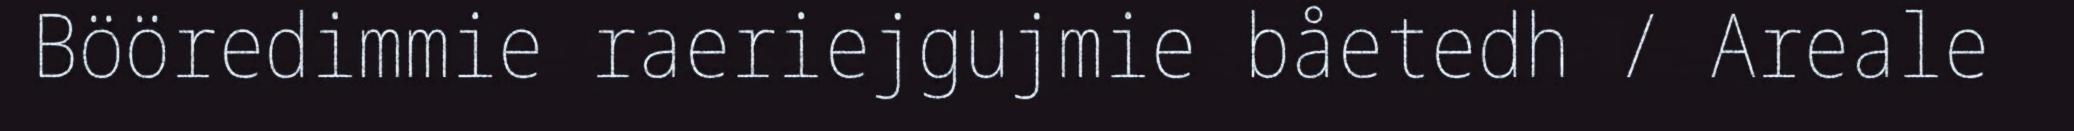
Bööredimmie raeriejgujmie båetedh / Areale